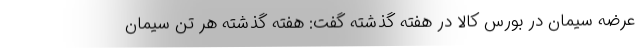
عرضه سیمان در بورس کالا در هفته گذشته گفت: هفته گذشته هر تن سیمان